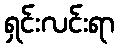
ရှင်းလင်းရာ